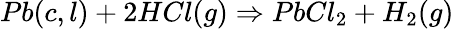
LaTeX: Pb(c,l)+2HCl(g)\Rightarrow PbCl_{2}+H_{2}(g)